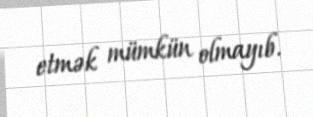
etmək mümkün olmayıb.